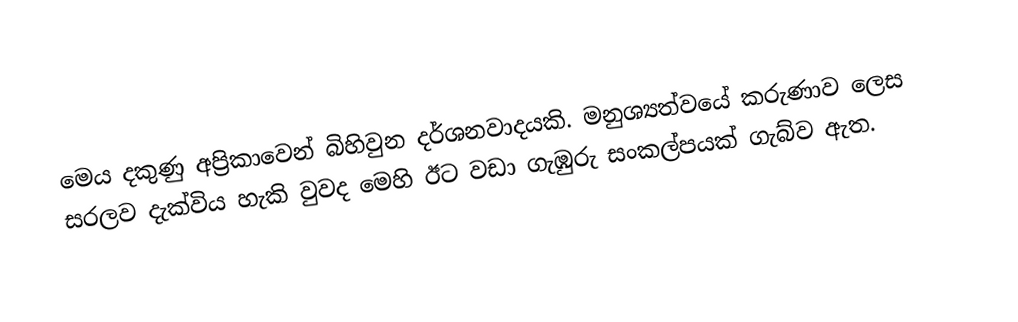
මෙය දකුණු අප්‍රිකාවෙන් බිහිවුන දර්ශනවාදයකි. මනුශ්‍යත්වයේ කරුණාව ලෙස සරලව දැක්විය හැකි වුවද මෙහි ඊට වඩා ගැඹුරු සංකල්පයක් ගැබ්ව ඇත.